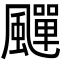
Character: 𩘾